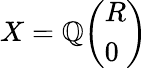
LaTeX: X=\mathbb{Q}{\left(\begin{array}{l}{R}\\ {0}\end{array}\right)}